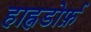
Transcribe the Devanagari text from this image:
हाह्नडोर्फ़